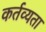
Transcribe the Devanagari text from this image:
कर्तव्यता